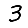
Digit: 3